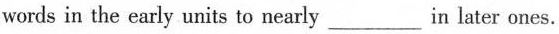
words in the early units to nearly \underline in later ones.